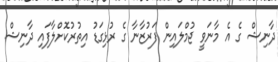
ދާނިޝް ގެ އެ މާނަވީ ޖުމްލައިން ފަރުޒާނާ ގެ ރުޅިގަޑު އިތުރުކޮށްލާފައި ދާނިޝް